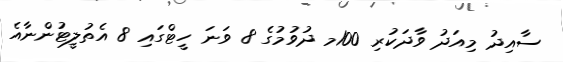
ސާއިދު މިއަދު ވާދަކުރި 100މ ދުވުމުގެ 8 ވަނަ ހީޓްގައި 8 އެތުލީޓުންނާއެ